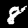
Label: 8